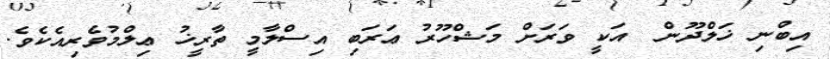
އިބްނި ޚަލްދޫން  އަކީ ވަރަށް މަޝްހޫރު ޢަރަބި އިސްލާމީ ތާރީޚު ޢިލްމުވެރިއެކެވެ.